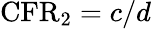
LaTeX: \textrm{CFR}_{2}=c/d